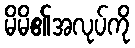
မိမိ၏အလုပ်ကို